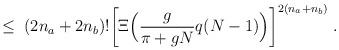
LaTeX: \begin{align*}\leq \;(2n_a + 2n_b)! \bigg[ \Xi \Big(\frac{g}{\pi+gN}q(N-1)\Big)\bigg]^{2(n_a+n_b)} \; .\end{align*}